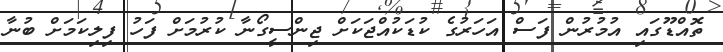
ތޮއްޑޫގައި އުމުރުން ފަސް އަހަރުގެ ކުޑަކުއްޖަކަށް ޖިންސީގޯނާ ކުރުމަށް ފަހު ފިލިކަމަށް ބުނާ